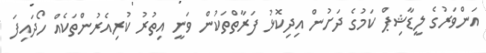
އަންވަރުގެ ލީޑާޝިޕް ކަމުގެ ދަށުން އިދިކޮޅު ފަރާތްތަކުން ވަނީ އިތުރު ކުރިއެރުންތަކެއް ހޯދައިފަ